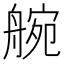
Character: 䑱